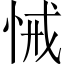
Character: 悈